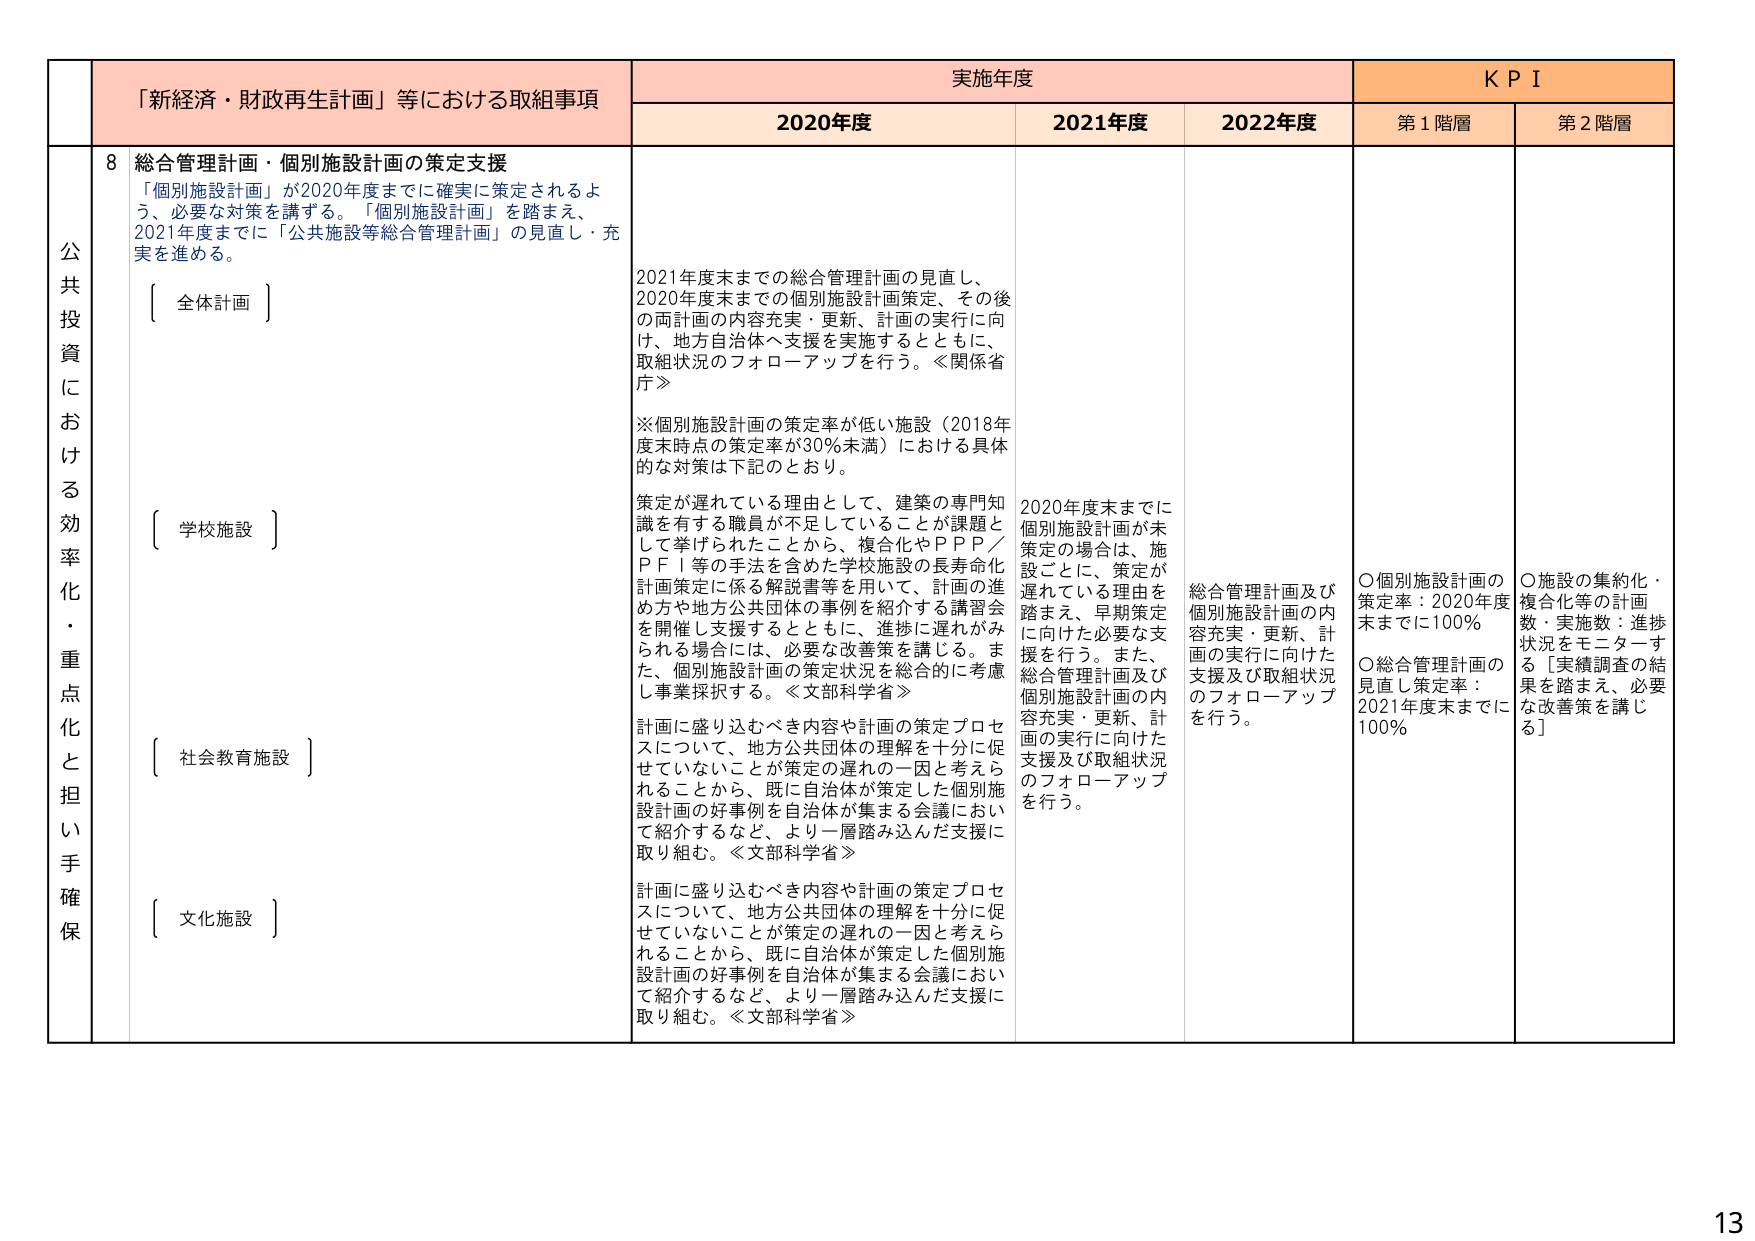
「新経済・財政再生計画」等における取組事項
実施年度
KPI

2020年度
2021年度
2022年度
第1階層
第2階層

公共投資における効率化・重点化と担い手確保

8 総合管理計画・個別施設計画の策定支援
「個別施設計画」が2020年度までに確実に策定されるよう、必要な対策を講ずる。「個別施設計画」を踏まえ、2021年度までに「公共施設等総合管理計画」の見直し・充実を進める。

〔 全体計画 〕

2021年度末までの総合管理計画の見直し、2020年度末までの個別施設計画策定、その後の両計画の内容充実・更新、計画の実行に向け、地方自治体へ支援を実施するとともに、取組状況のフォローアップを行う。≪関係省庁≫

※個別施設計画の策定率が低い施設（2018年度末時点の策定率が30％未満）における具体的な対策は下記のとおり。

〔 学校施設 〕
策定が遅れている理由として、建築の専門知識を有する職員が不足していることが課題として挙げられたことから、複合化やPPP／PFI等の手法を含めた学校施設の長寿命化計画策定に係る解説書等を用いて、計画の進め方や地方公共団体の事例を紹介する講習会を開催し支援するとともに、進捗に遅れがみられる場合には、必要な改善策を講じる。また、個別施設計画の策定状況を総合的に考慮し事業採択する。≪文部科学省≫

2020年度末までに個別施設計画が未策定の場合は、施設ごとに、策定が遅れている理由を踏まえ、早期策定に向けた必要な支援を行う。また、総合管理計画及び個別施設計画の内容充実・更新、計画の実行に向けた支援及び取組状況のフォローアップを行う。

総合管理計画及び個別施設計画の内容充実・更新、計画の実行に向けた支援及び取組状況のフォローアップを行う。

○個別施設計画の策定率：2020年度末までに100％
○総合管理計画の見直し策定率：2021年度末までに100％

○施設の集約化・複合化等の計画数・実施数：進捗状況をモニターする［実績調査の結果を踏まえ、必要な改善策を講じる］

〔 社会教育施設 〕
計画に盛り込むべき内容や計画の策定プロセスについて、地方公共団体の理解を十分に促せていないことが策定の遅れの一因と考えられることから、既に自治体が策定した個別施設計画の好事例を自治体が集まる会議において紹介するなど、より一層踏み込んだ支援に取り組む。≪文部科学省≫

〔 文化施設 〕
計画に盛り込むべき内容や計画の策定プロセスについて、地方公共団体の理解を十分に促せていないことが策定の遅れの一因と考えられることから、既に自治体が策定した個別施設計画の好事例を自治体が集まる会議において紹介するなど、より一層踏み込んだ支援に取り組む。≪文部科学省≫

13